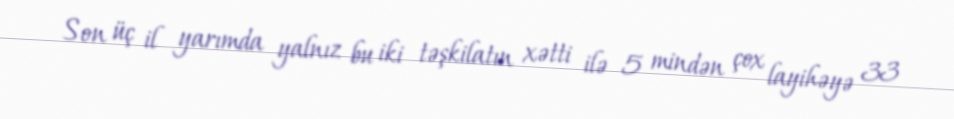
Son üç il yarımda yalnız bu iki təşkilatın xətti ilə 5 mindən çox layihəyə 33